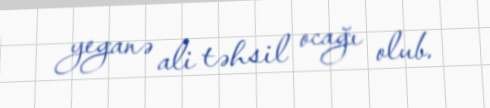
yeganə ali təhsil ocağı olub.